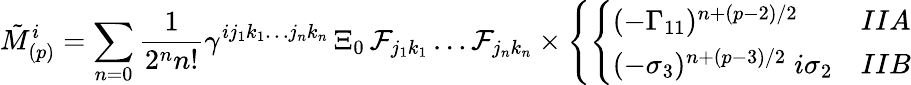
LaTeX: \tilde{M}_{(p)}^{i}=\sum_{n=0}{\frac{1}{2^{n}n!}}\gamma^{ij_{1}k_{1}\dots j_{n}k_{n}}\, \Xi_{0}\, {\cal F}_{j_{1}k_{1}}\dots{\cal F}_{j_{n}k_{n}}\times\left\{ \left\{ \begin{array}{ll}{{(-\Gamma_{11})^{n+(p-2)/2}}}&{{IIA}}\\ {{(-\sigma_{3})^{n+(p-3)/2}\; i\sigma_{2}}}&{{IIB}}\end{array}\right.\right.